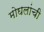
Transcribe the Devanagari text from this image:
मोघलांची